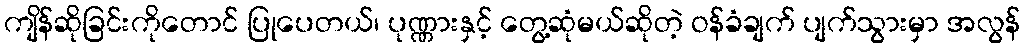
ကျိန်ဆိုခြင်းကိုတောင် ပြုပေတယ်၊ ပုဏ္ဏားနှင့် တွေ့ဆုံမယ်ဆိုတဲ့ ဝန်ခံချက် ပျက်သွားမှာ အလွန်